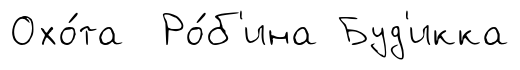
Охо́та Ро́б'ина Буд'икка